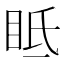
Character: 眡